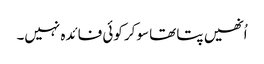
اُنھیں پتا تھا سوکر کوئی فائدہ نہیں۔